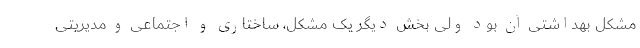
مشکل بهداشتی آن بود ولی بخش دیگر یک مشکل، ساختاری و اجتماعی و مدیریتی